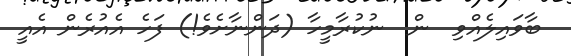
ބާވައިލެއްވި  ން  ނުކުރާމީހާ (ދަންނާށެވެ!) ފަހެ އެއުރެން އެއީ